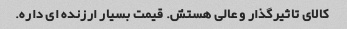
کالای تاثیرگذار و عالی هستش. قیمت بسیار ارزنده ای داره.